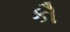
કૌ